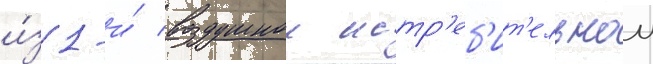
и́з 1-и́ воздушнои истр'еб'ит'ельнои